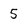
Character: 5